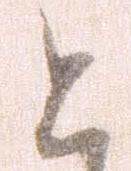
と